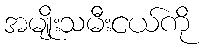
အမျိုးသမီးငယ်ကို